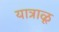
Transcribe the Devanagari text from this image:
यात्राळू